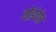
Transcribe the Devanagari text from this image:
वोईवोड